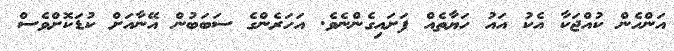
އަންހެން ކުއްޖަކާ އެކު އައު ހަޔާތެއް ފަށައިގެންނެވެ. އަހަރެންގެ ސަބަބުން އޭނާއަށް ކުޑަކޮށްވެސް